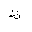
Letter: _za